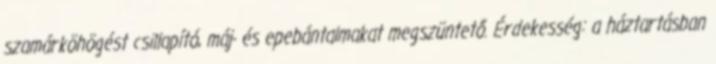
szamárköhögést csillapító, máj- és epebántalmakat megszüntető. Érdekesség: a háztartásban